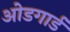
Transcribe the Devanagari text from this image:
ओडगार्ड